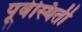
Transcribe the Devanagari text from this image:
पूर्वस्थिती